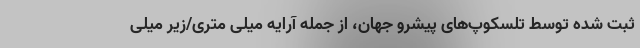
ثبت شده توسط تلسکوپ‌های پیشرو جهان، از جمله آرایه میلی متری/زیر میلی